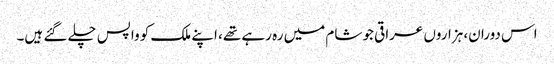
اس دوران، ہزاروں عراقی جو شام میں رہ رہے تھے، اپنے ملک کو واپس چلے گئے ہیں۔